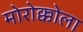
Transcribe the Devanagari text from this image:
मोरोक्कोला